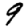
Digit: 9